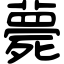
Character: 薨